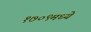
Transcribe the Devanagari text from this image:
१७०९मध्ये